Annual report of the Punjab Veterinary College and of the Civil Veterinary Department, Punjab - 1894-1908
Year: 1894
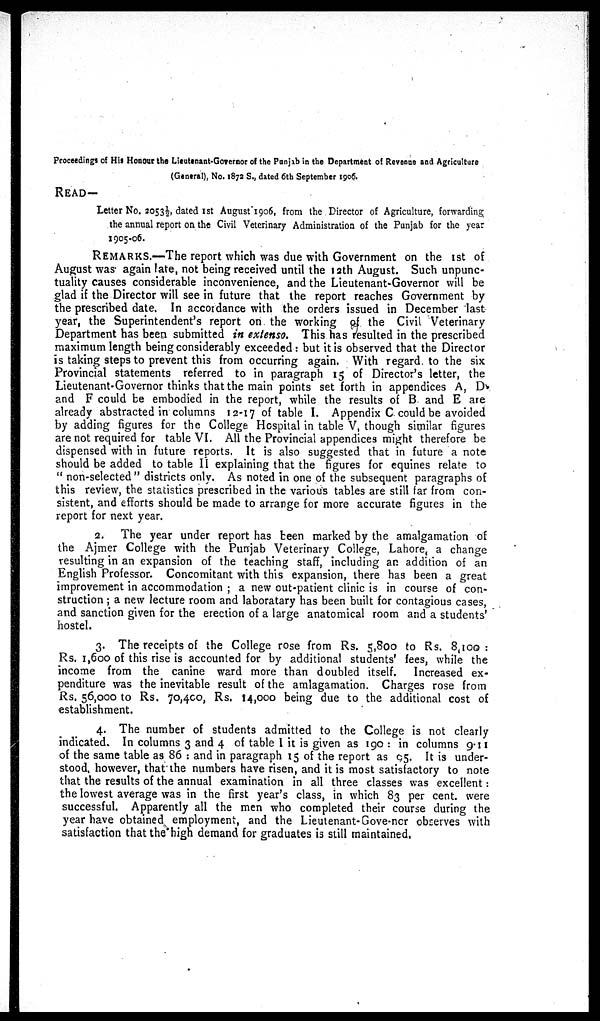
Proceedings of His Honour the Lieutenant-Governor of the Punjab in the Department of Revenue and Agriculture
(General), No. 1872 S., dated 6th September 1906.
READ—
Letter No. 2053½, dated 1st August 1906, from the Director of Agriculture, forwarding
the annual report on the Civil Veterinary Administration of the Punjab for the year
1905-06.
REMARKS.—The report which was due with Government on the 1st of
August was again late, not being received until the 12th August. Such unpunc-
tuality causes considerable inconvenience, and the Lieutenant-Governor will be
glad if the Director will see in future that the report reaches Government by
the prescribed date. In accordance with the orders issued in December last
year, the Superintendent's report on the working of the Civil Veterinary
Department has been submitted in extenso. This has resulted in the prescribed
maximum length being considerably exceeded : but it is observed that the Director
is taking steps to prevent this from occurring again. With regard to the six
Provincial statements referred to in paragraph 15 of Director's letter, the
Lieutenant-Governor thinks that the main points set forth in appendices A, D.
and F could be embodied in the report, while the results of B and E are
already abstracted in columns 12-17 of table I. Appendix C could be avoided
by adding figures for the College Hospital in table V, though similar figures
are not required for table VI. All the Provincial appendices might therefore be
dispensed with in future reports, It is also suggested that in future a note
should be added to table II explaining that the figures for equines relate to
" non-selected" districts only. As noted in one of the subsequent paragraphs of
this review, the statistics prescribed in the various tables are still far from con-
sistent, and efforts should be made to arrange for more accurate figures in the
report for next year.
2. The year under report has been marked by the amalgamation of
the Ajmer College with the Punjab Veterinary College, Lahore a change
resulting in an expansion of the teaching staff, including an addition of an
English Professor. Concomitant with this expansion, there has been a great
improvement in accommodation ; a new out-patient clinic is in course of con-
struction ; a new lecture room and laboratary has been built for contagious cases,
and sanction given for the erection of a large anatomical room and a students'
hostel.
3. The receipts of the College rose from Rs. 5,800 to Rs. 8,100:
Rs. 1,6oo of this rise is accounted for by additional students' fees, while the
income from the canine ward more than doubled itself. Increased ex-
penditure was the inevitable result of the amlagamation. Charges rose from
Rs. 56,000 to Rs. 70,400, Rs. 14,000 being due to the additional cost of
establishment.
4. The number of students admitted to the College is not clearly
indicated. In columns 3 and 4 of table 1 it is given as 190 : in columns 9.11
of the same table as 86 : and in paragraph 15 of the report as 95. It is under-
stood, however, that the numbers have risen, and it is most satisfactory to note
that the results of the annual examination in all three classes was excellent :
the lowest average was in the first year's class, in which 83 per cent. were
successful. Apparently all the men who completed their course during the
year have obtained employment, and the Lieutenant- Gove-ner observes with
satisfaction that the high demand for graduates is still maintained.